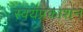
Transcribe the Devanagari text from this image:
स्वयंप्रकाशन